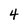
Character: 4